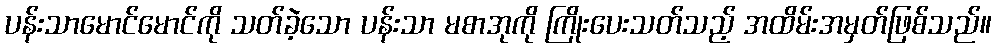
ပန်းသာမောင်မောင်ကို သတ်ခဲ့သော ပန်းသာ မစာအုကို ကြိုးပေးသတ်သည့် အထိမ်းအမှတ်ဖြစ်သည်။